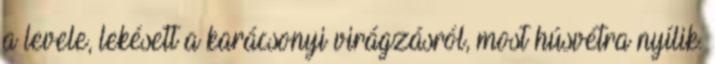
a levele, lekésett a karácsonyi virágzásról, most húsvétra nyílik.